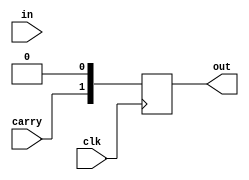
module flag(clk,carry,in,out);
// flag register give 2 bit output  carry,zero;
input[31:0] in;
output reg[1:0] out;
input carry,clk;

always@(posedge clk)
begin
if(in==32'h00000000)
begin
out=2'b10;
end
else
begin
out=2'b00;
end

out[1]=carry;

end
endmodule

module ALU(en,clk,op1,op2,mode,dataout,carry,flagout);
input clk,en;
input[31:0] op1,op2;
input [3:0] mode;
output reg [31:0] dataout;
output reg carry;
output wire [1:0]flagout;

flag fl(clk,carry,dataout,flagout);
always@(posedge clk)
if(en==1'b1)
begin
  //addition
  if(mode==4'b0001)
  begin
  {carry,dataout} = {1'b0,op1} + {1'b0,op2};
  end
  //subtraction
  else if(mode==4'b0010)
  begin
 {carry,dataout} = {1'b0,op1} - {1'b0,op2};
  end
  //and
  else if(mode==4'b0011)
  begin
  dataout=op1&op2; 
  end
  //or
  else if(mode==4'b0100)
  begin
  dataout=op1|op2; 
  end
  //complement
  else if(mode==4'b0101)
  begin
  dataout=~op1; 
  end
  //rightshift
  else if(mode==4'b0110)
  begin
  dataout={op1[0],op1[31:1]};
  end
  //leftshift
  else if(mode==4'b0111)
  begin
  dataout={op1[30:0],op1[31]};
  end
  


end




endmodule


module testALU;
reg en,clk;
wire carry;
wire [31:0] dataout;
reg [31:0] op1,op2;
reg[3:0] mode;
wire [1:0] flagout;

ALU st(en,clk,op1,op2,mode,dataout,carry,flagout);

initial
begin
$dumpfile("regalu.vcd");
$dumpvars(0,testALU);
$monitor("%d %d %d %d %d %d",$time,op1,op2,dataout,carry,flagout);
clk=1;
en=1;

//addition
op1=32'hFFFFFFFF;
op2=1;
mode=4'b0001;

#5

//subtraction
op1=05;
op2=01;
mode=4'b0010;

#5

//AND
op1=5;
op2=1;
mode=4'b0011; 

#5

//OR
op1=2;
op2=1;
mode=4'b0100; 

#5

//COMPLEMENT
op1=32'h00000000;
mode=4'b0101;

#5
//RIGHT SHIFT
op1=32'h00000001;
mode=4'b0110;

//LEFT SHIFT
#5
op1=32'h7FFFFFFF;
mode=4'b0111;
#5




$finish;
end
always
begin
#2 clk=~clk;
end

endmodule
//iverilog -o alu.vvp ALU32_PROJ.v